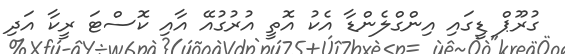
ގުރޫޕް ޑީގައި އިންގްލެންޑާ އެކު އޮތީ އުރުގުއޭ އާއި ކޮސްޓަ ރީކާ އަދި